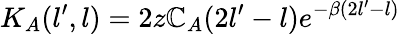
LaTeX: K_{A}(l^{\prime},l)=2z\mathbb{C}_{A}(2l^{\prime}-l)e^{-\beta(2l^{\prime}-l)}